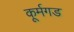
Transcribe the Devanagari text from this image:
कूर्मगड